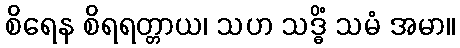
စိရေန စိရရတ္တာယ၊ သဟ သဒ္ဓိံ သမံ အမာ။